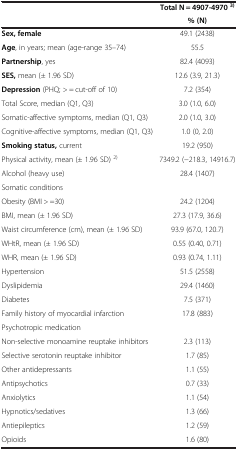
<table><thead><tr><td rowspan="2"><b> </b></td><td><b>Total N = 4907-4970 <sup>3)</sup></b></td></tr><tr><td><b>% (N)</b></td></tr></thead><tbody><tr><td><b>Sex, female</b></td><td>49.1 (2438)</td></tr><tr><td><b>Age</b>, in years; mean (age-range 35–74)</td><td>55.5</td></tr><tr><td><b>Partnership</b>, yes</td><td>82.4 (4093)</td></tr><tr><td><b>SES,</b> mean (± 1.96 SD)</td><td>12.6 (3.9, 21.3)</td></tr><tr><td><b>Depression</b> (PHQ; &gt; = cut-off of 10)</td><td>7.2 (354)</td></tr><tr><td>Total Score, median (Q1, Q3)</td><td>3.0 (1.0, 6.0)</td></tr><tr><td>Somatic-affective symptoms, median (Q1, Q3)</td><td>2.0 (1.0, 3.0)</td></tr><tr><td>Cognitive-affective symptoms, median (Q1, Q3)</td><td>1.0 (0, 2.0)</td></tr><tr><td><b>Smoking status,</b> current</td><td>19.2 (950)</td></tr><tr><td>Physical activity, mean (± 1.96 SD) <sup>2)</sup></td><td>7349.2 (−218.3, 14916.7)</td></tr><tr><td>Alcohol (heavy use)</td><td>28.4 (1407)</td></tr><tr><td>Somatic conditions</td><td> </td></tr><tr><td>Obesity (BMI &gt; =30)</td><td>24.2 (1204)</td></tr><tr><td>BMI, mean (± 1.96 SD)</td><td>27.3 (17.9, 36.6)</td></tr><tr><td>Waist circumference (cm), mean (± 1.96 SD)</td><td>93.9 (67.0, 120.7)</td></tr><tr><td>WHtR, mean (± 1.96 SD)</td><td>0.55 (0.40, 0.71)</td></tr><tr><td>WHR, mean (± 1.96 SD)</td><td>0.93 (0.74, 1.11)</td></tr><tr><td>Hypertension</td><td>51.5 (2558)</td></tr><tr><td>Dyslipidemia</td><td>29.4 (1460)</td></tr><tr><td>Diabetes</td><td>7.5 (371)</td></tr><tr><td>Family history of myocardial infarction</td><td>17.8 (883)</td></tr><tr><td>Psychotropic medication</td><td> </td></tr><tr><td>Non-selective monoamine reuptake inhibitors</td><td>2.3 (113)</td></tr><tr><td>Selective serotonin reuptake inhibitor</td><td>1.7 (85)</td></tr><tr><td>Other antidepressants</td><td>1.1 (55)</td></tr><tr><td>Antipsychotics</td><td>0.7 (33)</td></tr><tr><td>Anxiolytics</td><td>1.1 (54)</td></tr><tr><td>Hypnotics/sedatives</td><td>1.3 (66)</td></tr><tr><td>Antiepileptics</td><td>1.2 (59)</td></tr><tr><td>Opioids</td><td>1.6 (80)</td></tr></tbody></table>